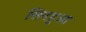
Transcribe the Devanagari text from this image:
सिनहुआ